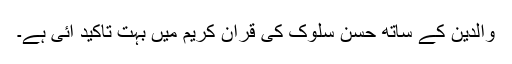
والدین کے ساتھ حسن سلوک کی قرآن کریم میں بہت تاکید آئی ہے۔